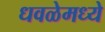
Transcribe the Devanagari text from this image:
धवळेमध्ये